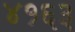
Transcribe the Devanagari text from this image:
४१६३